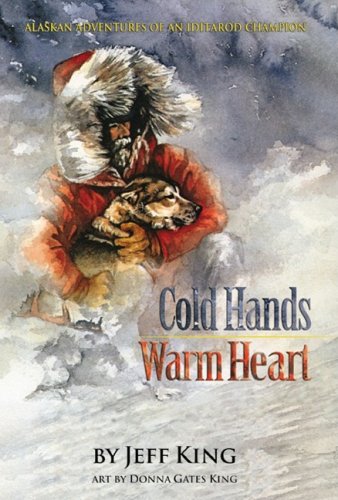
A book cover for Cold Hands, Warm Heart: Alaskan Adventures of an Iditarod Champion; Jeff King; Sports & Outdoors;